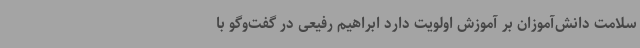
سلامت دانش‌آموزان بر آموزش اولویت دارد ابراهیم رفیعی در گفت‌وگو با